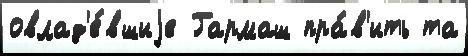
овлад'е́вшиjе Гармаш пра́в'ить та